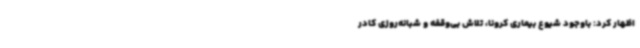
اظهار کرد: باوجود شیوع بیماری کرونا، تلاش بی‌وقفه و شبانه‌روزی کادر